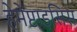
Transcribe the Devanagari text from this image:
हेमेप्टाइसिस